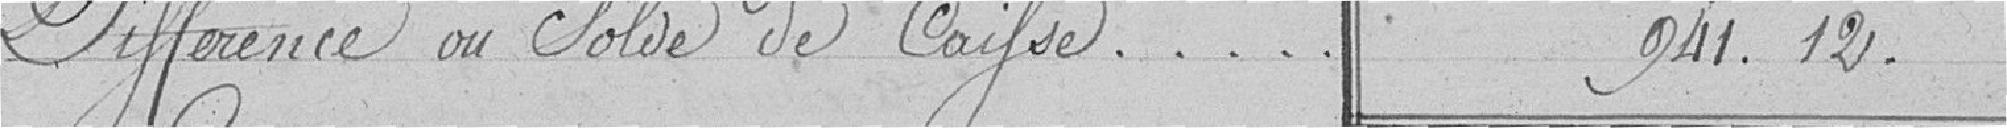
Différence ou Solde de Caisse                     941.12